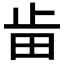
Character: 𣥤